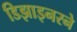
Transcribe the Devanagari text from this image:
डिझाइनरने